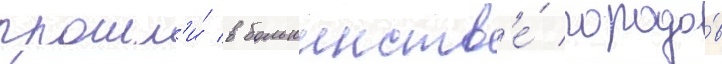
прошл'и́ в большинств'е́ городо́в